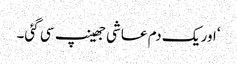
‘اور یک دم عاشی جھینپ سی گئی۔